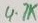
Text: 4.7K